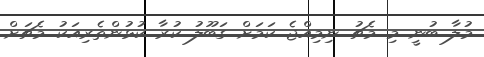
މުލާ ބުނީ މި މެޗު ނިމިއްޖެ ކަމަށް ގަބޫލު ކުރާ ކުޅުންތެރިއަކު މެޗަށް